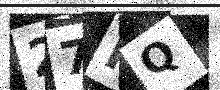
Text: 27RQ